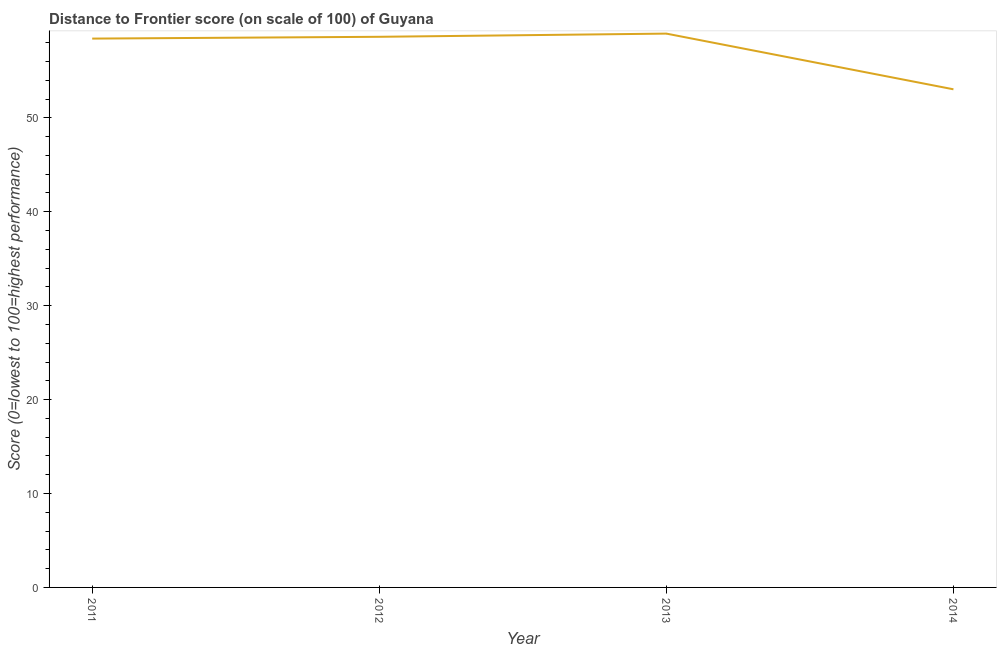
| Year | Distance to frontier score |
 | --- | --- |
 | 2011 | 58.4 |
 | 2012 | 58.6 |
 | 2013 | 59 |
 | 2014 | 53 |